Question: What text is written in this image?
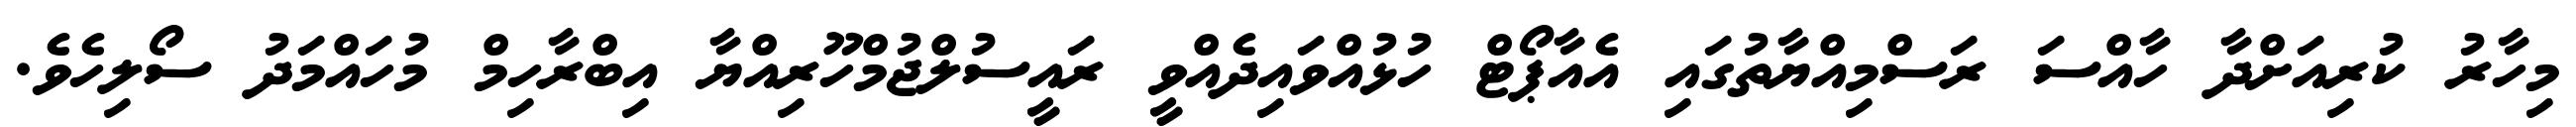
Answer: މިހާރު ކުރިއަށްދާ ހާއްސަ ރަސްމިއްޔާތުގައި އެއާޕޯޓް ހުޅުއްވައިދެއްވީ ރައީސުލްޖުމްހޫރިއްޔާ އިބްރާހިމް މުހައްމަދު ސޯލިހެވެ.